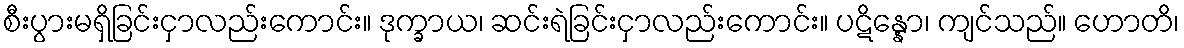
စီးပွားမရှိခြင်းငှာလည်းကောင်း။ ဒုက္ခာယ၊ ဆင်းရဲခြင်းငှာလည်းကောင်း။ ပဋိန္နော၊ ကျင်သည်။ ဟောတိ၊